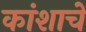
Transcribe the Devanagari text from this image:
कांशाचे